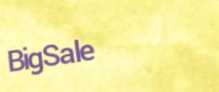
BigSale